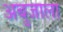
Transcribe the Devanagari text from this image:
अबुजाला